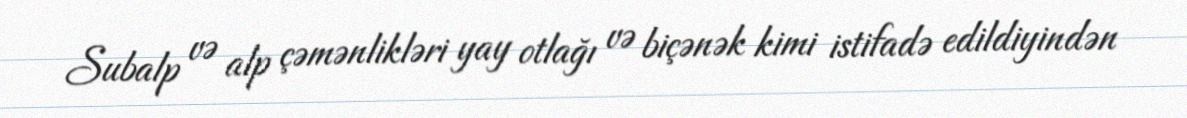
Subalp və alp çəmənlikləri yay otlağı və biçənək kimi istifadə edildiyindən